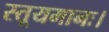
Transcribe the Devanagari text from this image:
स्तूयमानः।